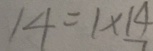
1 4 = 1 \times 1 4